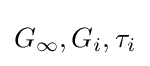
G_{\infty },G_{i},\tau _{i}